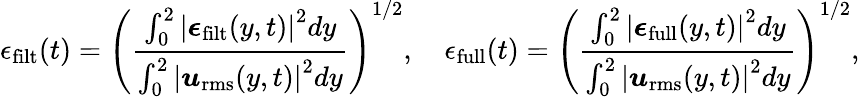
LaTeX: \epsilon_{\mathrm{filt}}(t)=\left(\frac{\int_{0}^{2}\left|\boldsymbol{\epsilon}_{\mathrm{filt}}(y,t)\right|^{2}dy}{\int_{0}^{2}\left|\boldsymbol{u}_{\mathrm{rms}}(y,t)\right|^{2}dy}\right)^{1/2},\quad\epsilon_{\mathrm{full}}(t)=\left(\frac{\int_{0}^{2}\left|\boldsymbol{\epsilon}_{\mathrm{full}}(y,t)\right|^{2}dy}{\int_{0}^{2}\left|\boldsymbol{u}_{\mathrm{rms}}(y,t)\right|^{2}dy}\right)^{1/2},